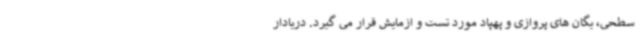
سطحی، یگان های پروازی و پهپاد مورد تست و ازمایش قرار می گیرد. دریادار